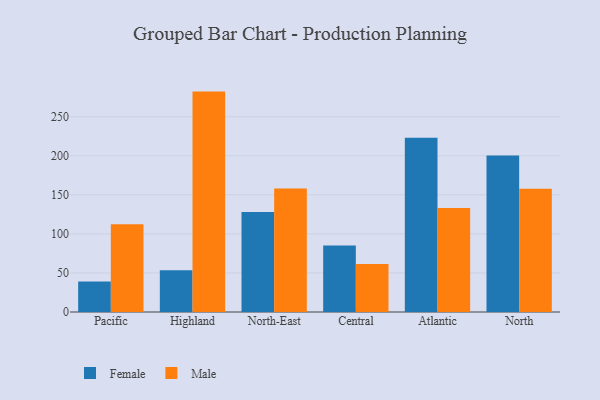
{"axis": {"x": "Region", "y": "Humidity (%)"}, "legend": ["Female", "Male"], "data": [{"x": "Pacific", "y": 39.1, "type": "Female"}, {"x": "Pacific", "y": 112.2, "type": "Male"}, {"x": "Highland", "y": 53.4, "type": "Female"}, {"x": "Highland", "y": 282.1, "type": "Male"}, {"x": "North-East", "y": 128.1, "type": "Female"}, {"x": "North-East", "y": 158.1, "type": "Male"}, {"x": "Central", "y": 85.1, "type": "Female"}, {"x": "Central", "y": 61.4, "type": "Male"}, {"x": "Atlantic", "y": 222.9, "type": "Female"}, {"x": "Atlantic", "y": 133.1, "type": "Male"}, {"x": "North", "y": 200.3, "type": "Female"}, {"x": "North", "y": 157.9, "type": "Male"}]}